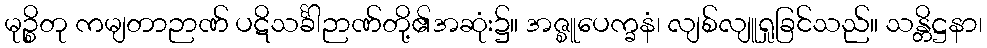
မုဉ္စိတု ကမျတာဉာဏ် ပဋိသင်္ခါဉာဏ်တို့၏အဆုံး၌။ အဇ္စူပေက္ခနံ၊ လျစ်လျူရှုခြင်သည်။ သန္တိဋ္ဌနာ၊